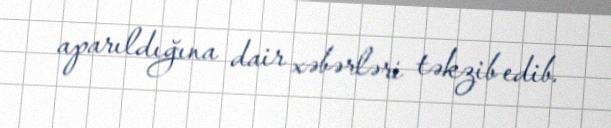
aparıldığına dair xəbərləri təkzib edib.